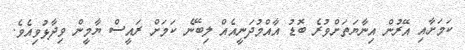
ކަމަށާއި އޭރުން އިނާޔަތަށްވުރެ ބޮޑު އާއްމުދަނީއެއް ލިބޭނެ ކަމަށް ރައީސް ޔާމީން ވިދާޅުވިއެވެ.